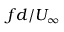
f d / U _ { \infty }